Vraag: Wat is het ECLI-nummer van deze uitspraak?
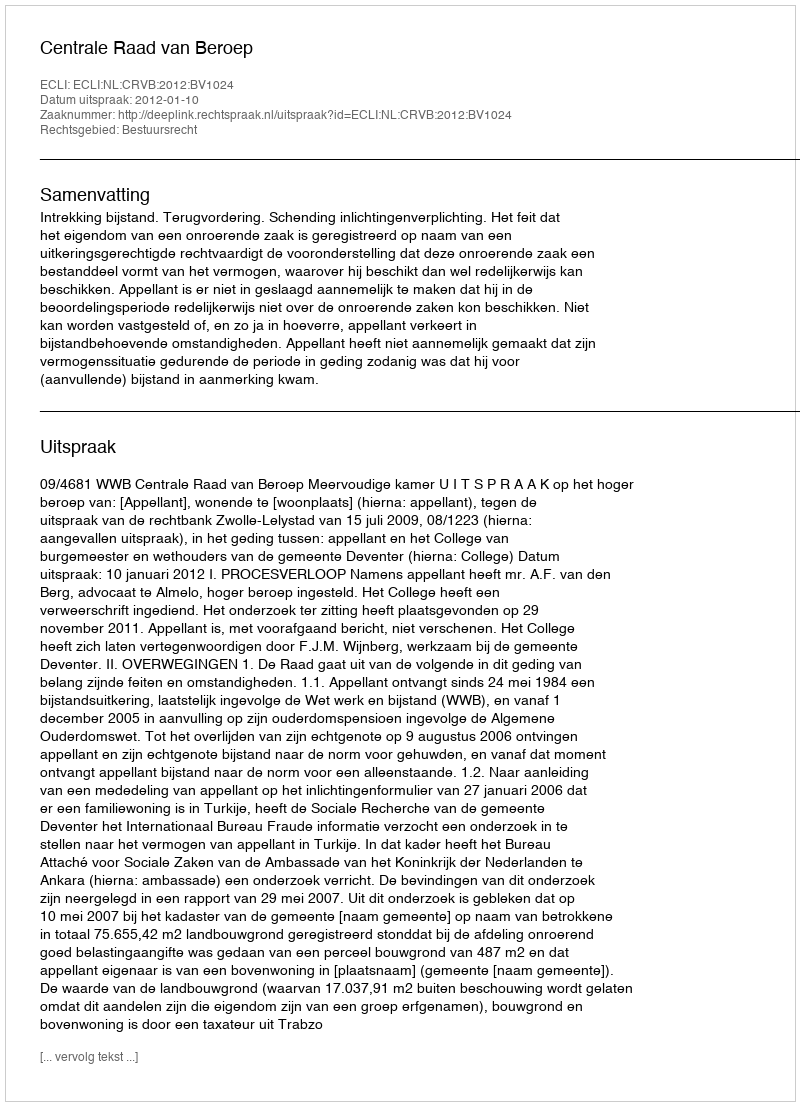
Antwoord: ECLI:NL:CRVB:2012:BV1024